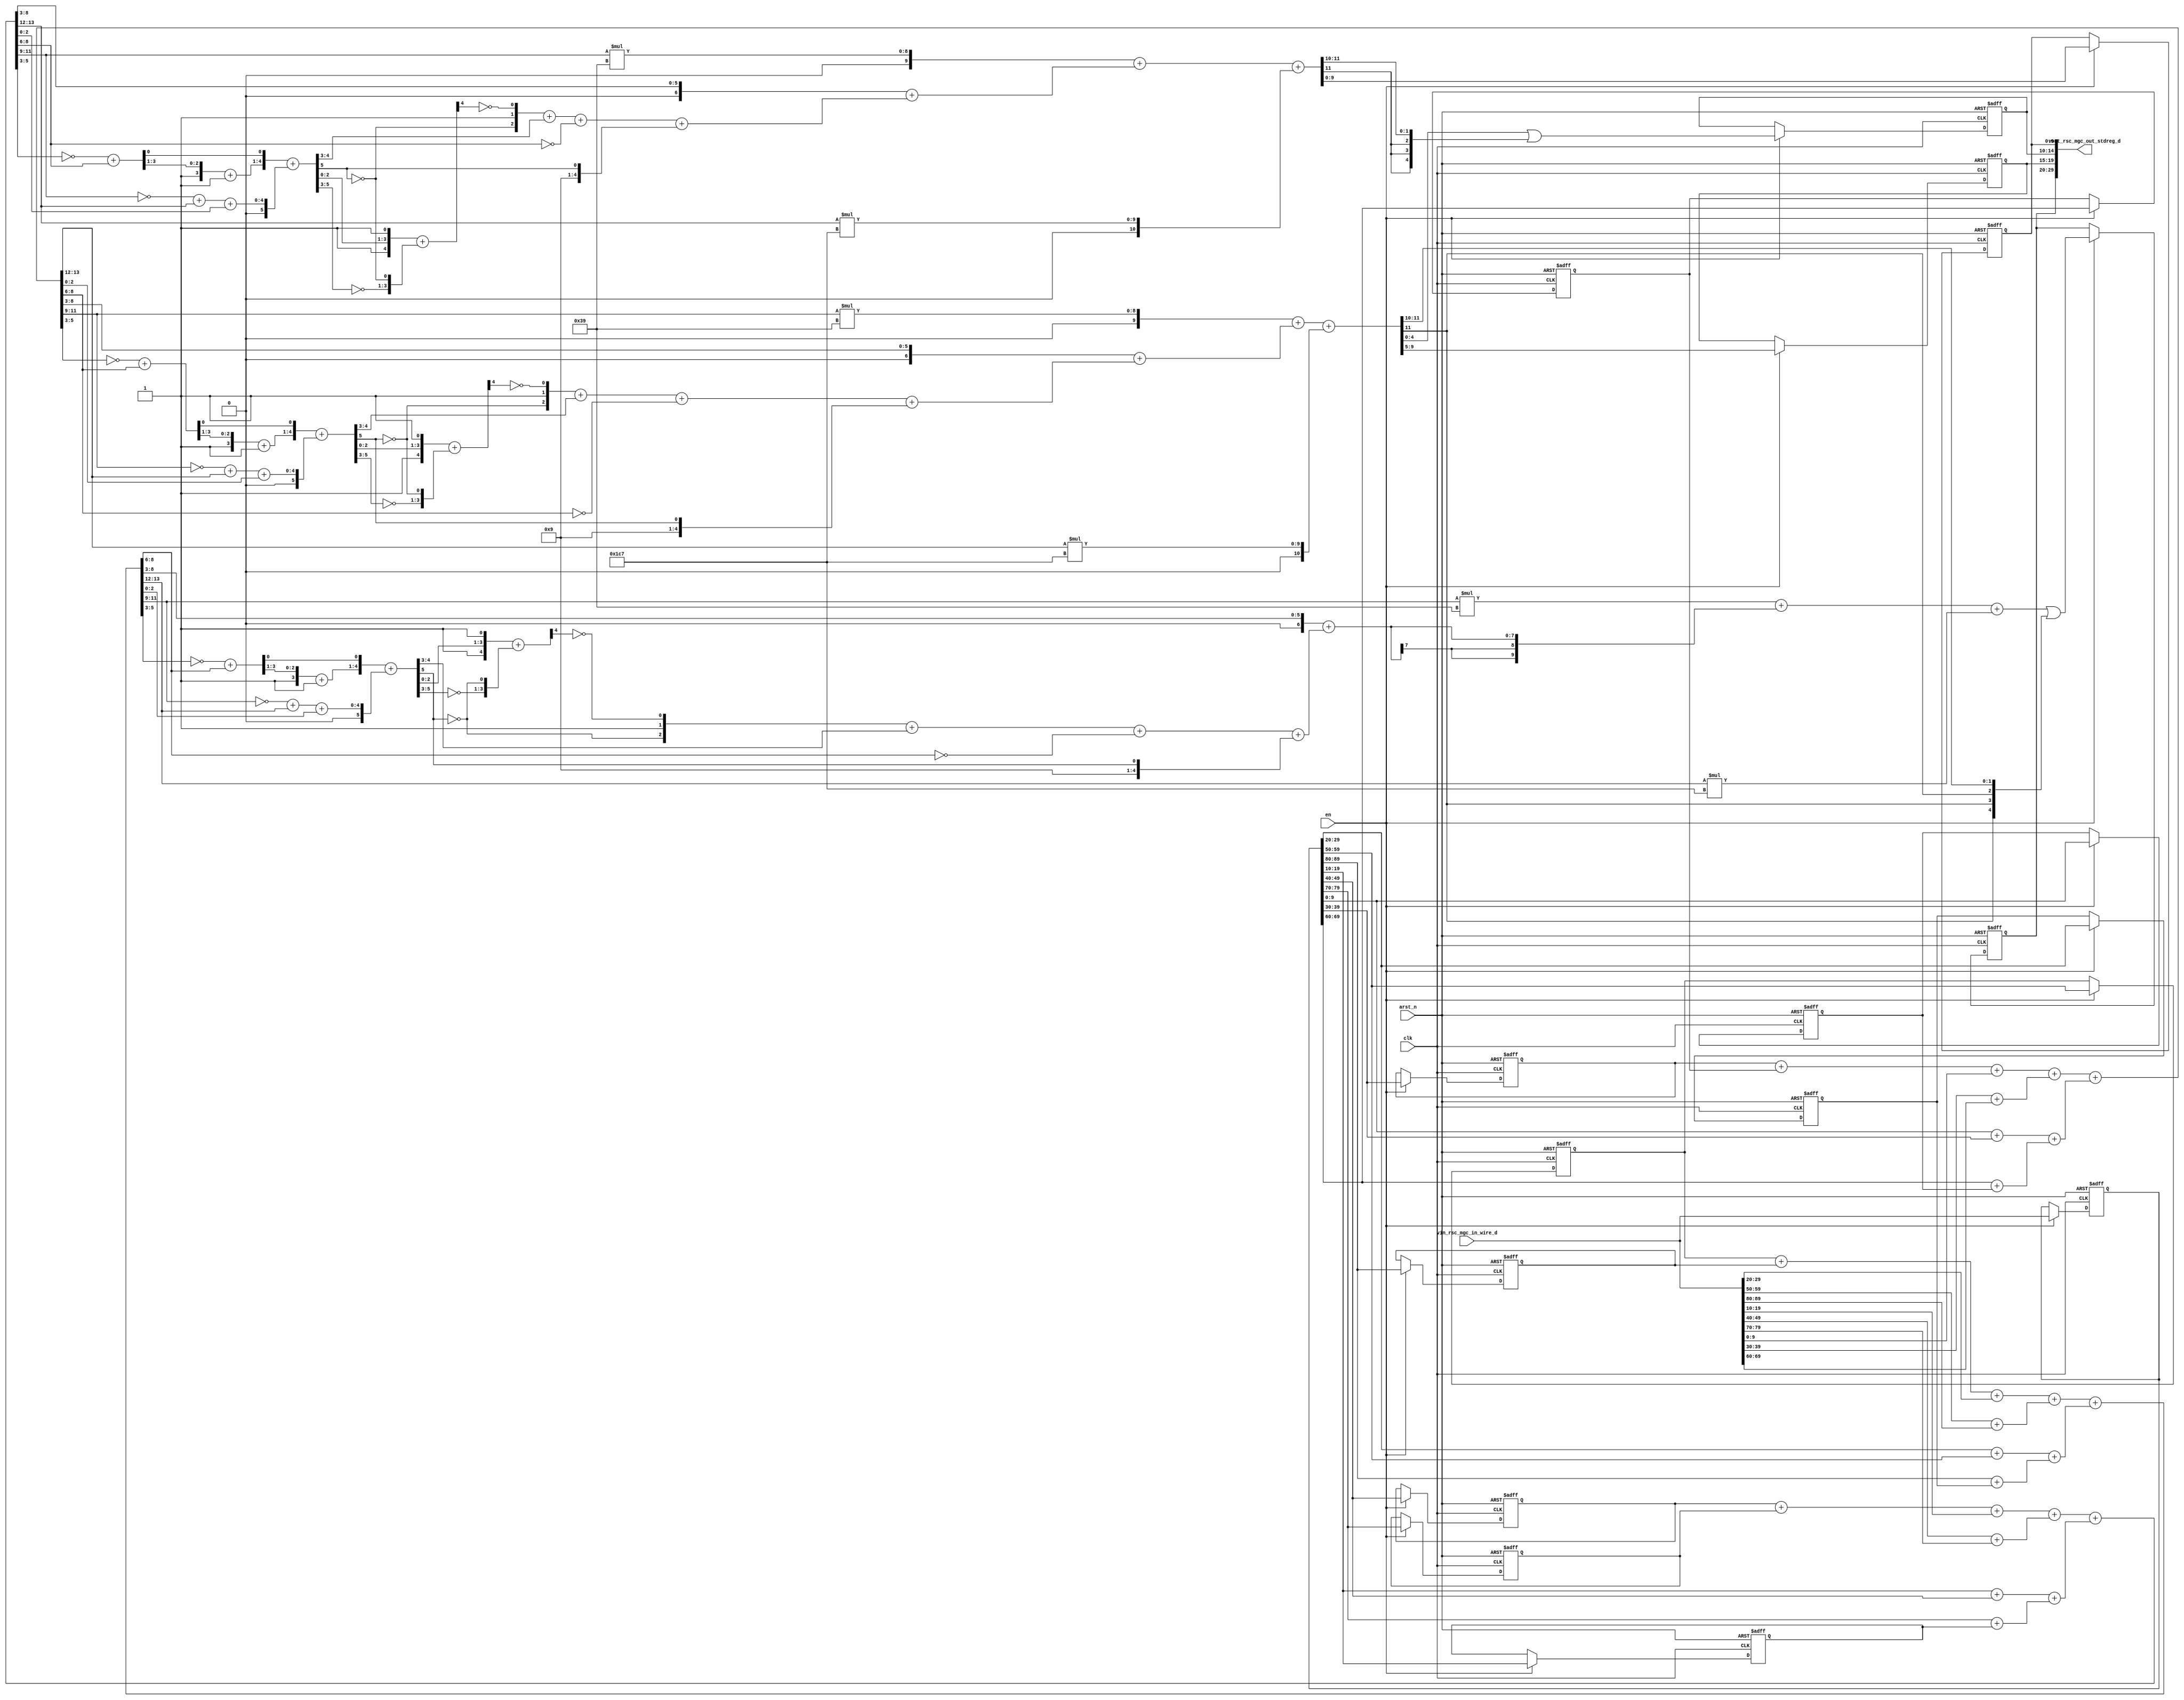
module mean_vga_core (
  clk, en, arst_n, vin_rsc_mgc_in_wire_d, vout_rsc_mgc_out_stdreg_d
);
  input clk;
  input en;
  input arst_n;
  input [89:0] vin_rsc_mgc_in_wire_d;
  output [29:0] vout_rsc_mgc_out_stdreg_d;


  // Interconnect Declarations
  reg [9:0] slc_regs_regs_2_1_itm;
  reg [9:0] slc_regs_regs_2_2_itm;
  reg [9:0] slc_regs_regs_2_itm;
  reg [9:0] slc_regs_regs_2_4_itm;
  reg [9:0] slc_regs_regs_2_5_itm;
  reg [9:0] slc_regs_regs_2_3_itm;
  reg [9:0] slc_regs_regs_2_7_itm;
  reg [9:0] slc_regs_regs_2_8_itm;
  reg [9:0] slc_regs_regs_2_6_itm;
  reg [89:0] reg_regs_regs_0_sva_cse;
  reg [9:0] reg_vout_rsc_mgc_out_stdreg_d_tmp;
  wire [11:0] nl_reg_vout_rsc_mgc_out_stdreg_d_tmp;
  reg [4:0] reg_vout_rsc_mgc_out_stdreg_d_tmp_1;
  reg [4:0] reg_vout_rsc_mgc_out_stdreg_d_tmp_2;
  reg [9:0] reg_vout_rsc_mgc_out_stdreg_d_tmp_3;
  wire [13:0] ACC_acc_psp_sva;
  wire [14:0] nl_ACC_acc_psp_sva;
  wire [5:0] acc_imod_sva;
  wire [6:0] nl_acc_imod_sva;
  wire [11:0] acc_9_psp_sva;
  wire [12:0] nl_acc_9_psp_sva;
  wire [11:0] acc_14_psp_sva;
  wire [12:0] nl_acc_14_psp_sva;
  wire [13:0] ACC_acc_21_psp_sva;
  wire [14:0] nl_ACC_acc_21_psp_sva;
  wire [5:0] acc_imod_4_sva;
  wire [6:0] nl_acc_imod_4_sva;
  wire [3:0] acc_29_sdt;
  wire [4:0] nl_acc_29_sdt;
  wire [13:0] ACC_acc_20_psp_sva;
  wire [14:0] nl_ACC_acc_20_psp_sva;
  wire [5:0] acc_imod_2_sva;
  wire [6:0] nl_acc_imod_2_sva;
  wire [3:0] acc_19_sdt;
  wire [4:0] nl_acc_19_sdt;
  wire [3:0] acc_15_sdt;
  wire [4:0] nl_acc_15_sdt;


  // Interconnect Declarations for Component Instantiations 
  assign vout_rsc_mgc_out_stdreg_d = {reg_vout_rsc_mgc_out_stdreg_d_tmp , reg_vout_rsc_mgc_out_stdreg_d_tmp_1
      , reg_vout_rsc_mgc_out_stdreg_d_tmp_2 , reg_vout_rsc_mgc_out_stdreg_d_tmp_3};
  assign nl_ACC_acc_psp_sva = conv_u2u_13_14(conv_u2u_12_13(conv_u2u_11_12(conv_u2u_10_11(slc_regs_regs_2_1_itm)
      + conv_u2u_10_11(slc_regs_regs_2_2_itm)) + conv_u2u_10_12(vin_rsc_mgc_in_wire_d[29:20]))
      + conv_u2u_11_13(conv_u2u_10_11(vin_rsc_mgc_in_wire_d[59:50]) + conv_u2u_10_11(vin_rsc_mgc_in_wire_d[89:80])))
      + conv_u2u_12_14(conv_u2u_11_12(conv_u2u_10_11(reg_regs_regs_0_sva_cse[29:20])
      + conv_u2u_10_11(reg_regs_regs_0_sva_cse[59:50])) + conv_u2u_11_12(conv_u2u_10_11(reg_regs_regs_0_sva_cse[89:80])
      + conv_u2u_10_11(slc_regs_regs_2_itm)));
  assign ACC_acc_psp_sva = nl_ACC_acc_psp_sva[13:0];
  assign nl_acc_imod_sva = conv_s2s_5_6({(({1'b1 , (acc_15_sdt[3:1])}) + 4'b1) ,
      (acc_15_sdt[0])}) + conv_u2s_5_6(conv_u2u_4_5(conv_u2u_3_4(~ (ACC_acc_psp_sva[11:9]))
      + conv_u2u_2_4(ACC_acc_psp_sva[13:12])) + conv_u2u_3_5(ACC_acc_psp_sva[2:0]));
  assign acc_imod_sva = nl_acc_imod_sva[5:0];
  assign nl_acc_9_psp_sva = conv_s2s_10_12(conv_u2s_9_11(conv_u2s_18_10(conv_u2u_3_9(ACC_acc_20_psp_sva[11:9])
      * 9'b111001)) + conv_s2s_8_10(conv_u2s_6_8(ACC_acc_20_psp_sva[8:3]) + conv_s2s_5_8((conv_u2u_4_5(conv_u2u_3_4({(~
      (acc_imod_2_sva[5])) , 1'b1 , (~ (readslicef_5_1_4((({1'b1 , (acc_imod_2_sva[2:0])
      , 1'b1}) + conv_u2s_4_5({(~ (acc_imod_2_sva[5:3])) , (~ (acc_imod_2_sva[5]))})))))})
      + conv_u2u_2_4(acc_imod_2_sva[4:3])) + conv_u2u_3_5(~ (ACC_acc_20_psp_sva[8:6])))
      + ({4'b1001 , (acc_imod_2_sva[5])})))) + conv_u2s_10_13(conv_u2s_20_11(conv_u2u_2_10(ACC_acc_20_psp_sva[13:12])
      * 10'b111000111));
  assign acc_9_psp_sva = nl_acc_9_psp_sva[11:0];
  assign nl_acc_14_psp_sva = conv_s2s_10_12(conv_u2s_9_11(conv_u2s_18_10(conv_u2u_3_9(ACC_acc_21_psp_sva[11:9])
      * 9'b111001)) + conv_s2s_8_10(conv_u2s_6_8(ACC_acc_21_psp_sva[8:3]) + conv_s2s_5_8((conv_u2u_4_5(conv_u2u_3_4({(~
      (acc_imod_4_sva[5])) , 1'b1 , (~ (readslicef_5_1_4((({1'b1 , (acc_imod_4_sva[2:0])
      , 1'b1}) + conv_u2s_4_5({(~ (acc_imod_4_sva[5:3])) , (~ (acc_imod_4_sva[5]))})))))})
      + conv_u2u_2_4(acc_imod_4_sva[4:3])) + conv_u2u_3_5(~ (ACC_acc_21_psp_sva[8:6])))
      + ({4'b1001 , (acc_imod_4_sva[5])})))) + conv_u2s_10_13(conv_u2s_20_11(conv_u2u_2_10(ACC_acc_21_psp_sva[13:12])
      * 10'b111000111));
  assign acc_14_psp_sva = nl_acc_14_psp_sva[11:0];
  assign nl_ACC_acc_21_psp_sva = conv_u2u_13_14(conv_u2u_12_13(conv_u2u_11_12(conv_u2u_10_11(slc_regs_regs_2_7_itm)
      + conv_u2u_10_11(slc_regs_regs_2_8_itm)) + conv_u2u_10_12(vin_rsc_mgc_in_wire_d[19:10]))
      + conv_u2u_11_13(conv_u2u_10_11(vin_rsc_mgc_in_wire_d[49:40]) + conv_u2u_10_11(vin_rsc_mgc_in_wire_d[79:70])))
      + conv_u2u_12_14(conv_u2u_11_12(conv_u2u_10_11(reg_regs_regs_0_sva_cse[19:10])
      + conv_u2u_10_11(reg_regs_regs_0_sva_cse[49:40])) + conv_u2u_11_12(conv_u2u_10_11(reg_regs_regs_0_sva_cse[79:70])
      + conv_u2u_10_11(slc_regs_regs_2_6_itm)));
  assign ACC_acc_21_psp_sva = nl_ACC_acc_21_psp_sva[13:0];
  assign nl_acc_imod_4_sva = conv_s2s_5_6({(({1'b1 , (acc_29_sdt[3:1])}) + 4'b1)
      , (acc_29_sdt[0])}) + conv_u2s_5_6(conv_u2u_4_5(conv_u2u_3_4(~ (ACC_acc_21_psp_sva[11:9]))
      + conv_u2u_2_4(ACC_acc_21_psp_sva[13:12])) + conv_u2u_3_5(ACC_acc_21_psp_sva[2:0]));
  assign acc_imod_4_sva = nl_acc_imod_4_sva[5:0];
  assign nl_acc_29_sdt = conv_u2u_3_4(~ (ACC_acc_21_psp_sva[5:3])) + conv_u2u_3_4(ACC_acc_21_psp_sva[8:6]);
  assign acc_29_sdt = nl_acc_29_sdt[3:0];
  assign nl_ACC_acc_20_psp_sva = conv_u2u_13_14(conv_u2u_12_13(conv_u2u_11_12(conv_u2u_10_11(slc_regs_regs_2_4_itm)
      + conv_u2u_10_11(slc_regs_regs_2_5_itm)) + conv_u2u_10_12(vin_rsc_mgc_in_wire_d[9:0]))
      + conv_u2u_11_13(conv_u2u_10_11(vin_rsc_mgc_in_wire_d[39:30]) + conv_u2u_10_11(vin_rsc_mgc_in_wire_d[69:60])))
      + conv_u2u_12_14(conv_u2u_11_12(conv_u2u_10_11(reg_regs_regs_0_sva_cse[9:0])
      + conv_u2u_10_11(reg_regs_regs_0_sva_cse[39:30])) + conv_u2u_11_12(conv_u2u_10_11(reg_regs_regs_0_sva_cse[69:60])
      + conv_u2u_10_11(slc_regs_regs_2_3_itm)));
  assign ACC_acc_20_psp_sva = nl_ACC_acc_20_psp_sva[13:0];
  assign nl_acc_imod_2_sva = conv_s2s_5_6({(({1'b1 , (acc_19_sdt[3:1])}) + 4'b1)
      , (acc_19_sdt[0])}) + conv_u2s_5_6(conv_u2u_4_5(conv_u2u_3_4(~ (ACC_acc_20_psp_sva[11:9]))
      + conv_u2u_2_4(ACC_acc_20_psp_sva[13:12])) + conv_u2u_3_5(ACC_acc_20_psp_sva[2:0]));
  assign acc_imod_2_sva = nl_acc_imod_2_sva[5:0];
  assign nl_acc_19_sdt = conv_u2u_3_4(~ (ACC_acc_20_psp_sva[5:3])) + conv_u2u_3_4(ACC_acc_20_psp_sva[8:6]);
  assign acc_19_sdt = nl_acc_19_sdt[3:0];
  assign nl_acc_15_sdt = conv_u2u_3_4(~ (ACC_acc_psp_sva[5:3])) + conv_u2u_3_4(ACC_acc_psp_sva[8:6]);
  assign acc_15_sdt = nl_acc_15_sdt[3:0];
  always @(posedge clk or negedge arst_n) begin
    if ( ~ arst_n ) begin
      slc_regs_regs_2_7_itm <= 10'b0;
      slc_regs_regs_2_8_itm <= 10'b0;
      reg_regs_regs_0_sva_cse <= 90'b0;
      slc_regs_regs_2_6_itm <= 10'b0;
      slc_regs_regs_2_4_itm <= 10'b0;
      slc_regs_regs_2_5_itm <= 10'b0;
      slc_regs_regs_2_3_itm <= 10'b0;
      slc_regs_regs_2_1_itm <= 10'b0;
      slc_regs_regs_2_2_itm <= 10'b0;
      slc_regs_regs_2_itm <= 10'b0;
      reg_vout_rsc_mgc_out_stdreg_d_tmp <= 10'b0;
      reg_vout_rsc_mgc_out_stdreg_d_tmp_1 <= 5'b0;
      reg_vout_rsc_mgc_out_stdreg_d_tmp_2 <= 5'b0;
      reg_vout_rsc_mgc_out_stdreg_d_tmp_3 <= 10'b0;
    end
    else begin
      if ( en ) begin
        slc_regs_regs_2_7_itm <= reg_regs_regs_0_sva_cse[49:40];
        slc_regs_regs_2_8_itm <= reg_regs_regs_0_sva_cse[79:70];
        reg_regs_regs_0_sva_cse <= vin_rsc_mgc_in_wire_d;
        slc_regs_regs_2_6_itm <= reg_regs_regs_0_sva_cse[19:10];
        slc_regs_regs_2_4_itm <= reg_regs_regs_0_sva_cse[39:30];
        slc_regs_regs_2_5_itm <= reg_regs_regs_0_sva_cse[69:60];
        slc_regs_regs_2_3_itm <= reg_regs_regs_0_sva_cse[9:0];
        slc_regs_regs_2_1_itm <= reg_regs_regs_0_sva_cse[59:50];
        slc_regs_regs_2_2_itm <= reg_regs_regs_0_sva_cse[89:80];
        slc_regs_regs_2_itm <= reg_regs_regs_0_sva_cse[29:20];
        reg_vout_rsc_mgc_out_stdreg_d_tmp <= ((conv_u2s_9_11(conv_u2s_18_10(conv_u2u_3_9(ACC_acc_psp_sva[11:9])
            * 9'b111001)) + conv_s2s_8_10(conv_u2s_6_8(ACC_acc_psp_sva[8:3]) + conv_s2s_5_8((conv_u2u_4_5(conv_u2u_3_4({(~
            (acc_imod_sva[5])) , 1'b1 , (~ (readslicef_5_1_4((({1'b1 , (acc_imod_sva[2:0])
            , 1'b1}) + conv_u2s_4_5({(~ (acc_imod_sva[5:3])) , (~ (acc_imod_sva[5]))})))))})
            + conv_u2u_2_4(acc_imod_sva[4:3])) + conv_u2u_3_5(~ (ACC_acc_psp_sva[8:6])))
            + ({4'b1001 , (acc_imod_sva[5])})))) + conv_u2u_20_10(conv_u2u_2_10(ACC_acc_psp_sva[13:12])
            * 10'b111000111)) | ({5'b0 , (signext_5_2(acc_9_psp_sva[11:10]))});
        reg_vout_rsc_mgc_out_stdreg_d_tmp_1 <= acc_9_psp_sva[9:5];
        reg_vout_rsc_mgc_out_stdreg_d_tmp_2 <= (acc_9_psp_sva[4:0]) | (signext_5_2(acc_14_psp_sva[11:10]));
        reg_vout_rsc_mgc_out_stdreg_d_tmp_3 <= acc_14_psp_sva[9:0];
      end
    end
  end

  function [0:0] readslicef_5_1_4;
    input [4:0] vector;
    reg [4:0] tmp;
  begin
    tmp = vector >> 4;
    readslicef_5_1_4 = tmp[0:0];
  end
  endfunction


  function [4:0] signext_5_2;
    input [1:0] vector;
  begin
    signext_5_2= {{3{vector[1]}}, vector};
  end
  endfunction


  function  [13:0] conv_u2u_13_14 ;
    input [12:0]  vector ;
  begin
    conv_u2u_13_14 = {1'b0, vector};
  end
  endfunction


  function  [12:0] conv_u2u_12_13 ;
    input [11:0]  vector ;
  begin
    conv_u2u_12_13 = {1'b0, vector};
  end
  endfunction


  function  [11:0] conv_u2u_11_12 ;
    input [10:0]  vector ;
  begin
    conv_u2u_11_12 = {1'b0, vector};
  end
  endfunction


  function  [10:0] conv_u2u_10_11 ;
    input [9:0]  vector ;
  begin
    conv_u2u_10_11 = {1'b0, vector};
  end
  endfunction


  function  [11:0] conv_u2u_10_12 ;
    input [9:0]  vector ;
  begin
    conv_u2u_10_12 = {{2{1'b0}}, vector};
  end
  endfunction


  function  [12:0] conv_u2u_11_13 ;
    input [10:0]  vector ;
  begin
    conv_u2u_11_13 = {{2{1'b0}}, vector};
  end
  endfunction


  function  [13:0] conv_u2u_12_14 ;
    input [11:0]  vector ;
  begin
    conv_u2u_12_14 = {{2{1'b0}}, vector};
  end
  endfunction


  function signed [5:0] conv_s2s_5_6 ;
    input signed [4:0]  vector ;
  begin
    conv_s2s_5_6 = {vector[4], vector};
  end
  endfunction


  function signed [5:0] conv_u2s_5_6 ;
    input [4:0]  vector ;
  begin
    conv_u2s_5_6 = {1'b0, vector};
  end
  endfunction


  function  [4:0] conv_u2u_4_5 ;
    input [3:0]  vector ;
  begin
    conv_u2u_4_5 = {1'b0, vector};
  end
  endfunction


  function  [3:0] conv_u2u_3_4 ;
    input [2:0]  vector ;
  begin
    conv_u2u_3_4 = {1'b0, vector};
  end
  endfunction


  function  [3:0] conv_u2u_2_4 ;
    input [1:0]  vector ;
  begin
    conv_u2u_2_4 = {{2{1'b0}}, vector};
  end
  endfunction


  function  [4:0] conv_u2u_3_5 ;
    input [2:0]  vector ;
  begin
    conv_u2u_3_5 = {{2{1'b0}}, vector};
  end
  endfunction


  function signed [11:0] conv_s2s_10_12 ;
    input signed [9:0]  vector ;
  begin
    conv_s2s_10_12 = {{2{vector[9]}}, vector};
  end
  endfunction


  function signed [10:0] conv_u2s_9_11 ;
    input [8:0]  vector ;
  begin
    conv_u2s_9_11 = {{2{1'b0}}, vector};
  end
  endfunction


  function signed [9:0] conv_u2s_18_10 ;
    input [17:0]  vector ;
  begin
    conv_u2s_18_10 = vector[9:0];
  end
  endfunction


  function  [8:0] conv_u2u_3_9 ;
    input [2:0]  vector ;
  begin
    conv_u2u_3_9 = {{6{1'b0}}, vector};
  end
  endfunction


  function signed [9:0] conv_s2s_8_10 ;
    input signed [7:0]  vector ;
  begin
    conv_s2s_8_10 = {{2{vector[7]}}, vector};
  end
  endfunction


  function signed [7:0] conv_u2s_6_8 ;
    input [5:0]  vector ;
  begin
    conv_u2s_6_8 = {{2{1'b0}}, vector};
  end
  endfunction


  function signed [7:0] conv_s2s_5_8 ;
    input signed [4:0]  vector ;
  begin
    conv_s2s_5_8 = {{3{vector[4]}}, vector};
  end
  endfunction


  function signed [4:0] conv_u2s_4_5 ;
    input [3:0]  vector ;
  begin
    conv_u2s_4_5 = {1'b0, vector};
  end
  endfunction


  function signed [12:0] conv_u2s_10_13 ;
    input [9:0]  vector ;
  begin
    conv_u2s_10_13 = {{3{1'b0}}, vector};
  end
  endfunction


  function signed [10:0] conv_u2s_20_11 ;
    input [19:0]  vector ;
  begin
    conv_u2s_20_11 = vector[10:0];
  end
  endfunction


  function  [9:0] conv_u2u_2_10 ;
    input [1:0]  vector ;
  begin
    conv_u2u_2_10 = {{8{1'b0}}, vector};
  end
  endfunction


  function  [9:0] conv_u2u_20_10 ;
    input [19:0]  vector ;
  begin
    conv_u2u_20_10 = vector[9:0];
  end
  endfunction

endmodule
module mean_vga (
  vin_rsc_z, vout_rsc_z, clk, en, arst_n
);
  input [89:0] vin_rsc_z;
  output [29:0] vout_rsc_z;
  input clk;
  input en;
  input arst_n;


  // Interconnect Declarations
  wire [89:0] vin_rsc_mgc_in_wire_d;
  wire [29:0] vout_rsc_mgc_out_stdreg_d;


  // Interconnect Declarations for Component Instantiations 
  mgc_in_wire #(.rscid(1),
  .width(90)) vin_rsc_mgc_in_wire (
      .d(vin_rsc_mgc_in_wire_d),
      .z(vin_rsc_z)
    );
  mgc_out_stdreg #(.rscid(2),
  .width(30)) vout_rsc_mgc_out_stdreg (
      .d(vout_rsc_mgc_out_stdreg_d),
      .z(vout_rsc_z)
    );
  mean_vga_core mean_vga_core_inst (
      .clk(clk),
      .en(en),
      .arst_n(arst_n),
      .vin_rsc_mgc_in_wire_d(vin_rsc_mgc_in_wire_d),
      .vout_rsc_mgc_out_stdreg_d(vout_rsc_mgc_out_stdreg_d)
    );
endmodule